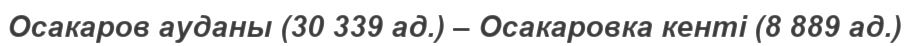
Осакаров ауданы (30 339 ад.) – Осакаровка кенті (8 889 ад.)